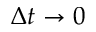
\Delta t \to 0